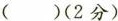
（）(2分)